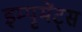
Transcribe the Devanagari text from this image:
इम्पृमेंट्स